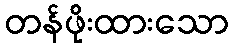
တန်ဖိုးထားသော